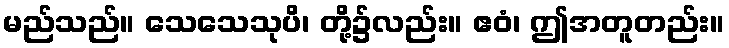
မည်သည်။ သေသေသုပိ၊ တို့၌လည်း။ ဧဝံ၊ ဤအတူတည်း။